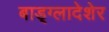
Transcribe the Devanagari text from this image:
बाड़्ग्लादेशेर